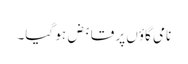
نامی گاؤں پر قابض ہو گیا۔